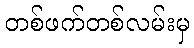
တစ်ဖက်တစ်လမ်းမှ